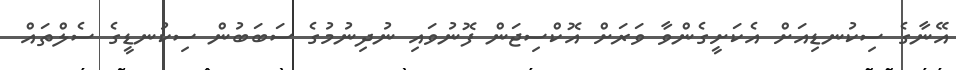
އޭނާގެ ސިކުނޑިއަށް އެކަށީގެންވާ ވަރަށް އޮކްސިޖަން ފޮނުވައި ނުދިނުމުގެ ސަބަބުން ސިކުނޑީގެ ސެލްތައް